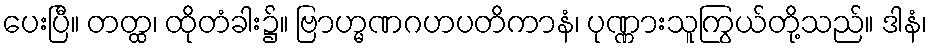
ပေးပြီ။ တတ္ထ၊ ထိုတံခါး၌။ ဗြာဟ္မဏဂဟပတိကာနံ၊ ပုဏ္ဏားသူကြွယ်တို့သည်။ ဒါနံ၊